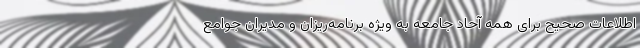
اطلاعات صحیح برای همه آحاد جامعه به ویژه برنامه‌ریزان و مدیران جوامع